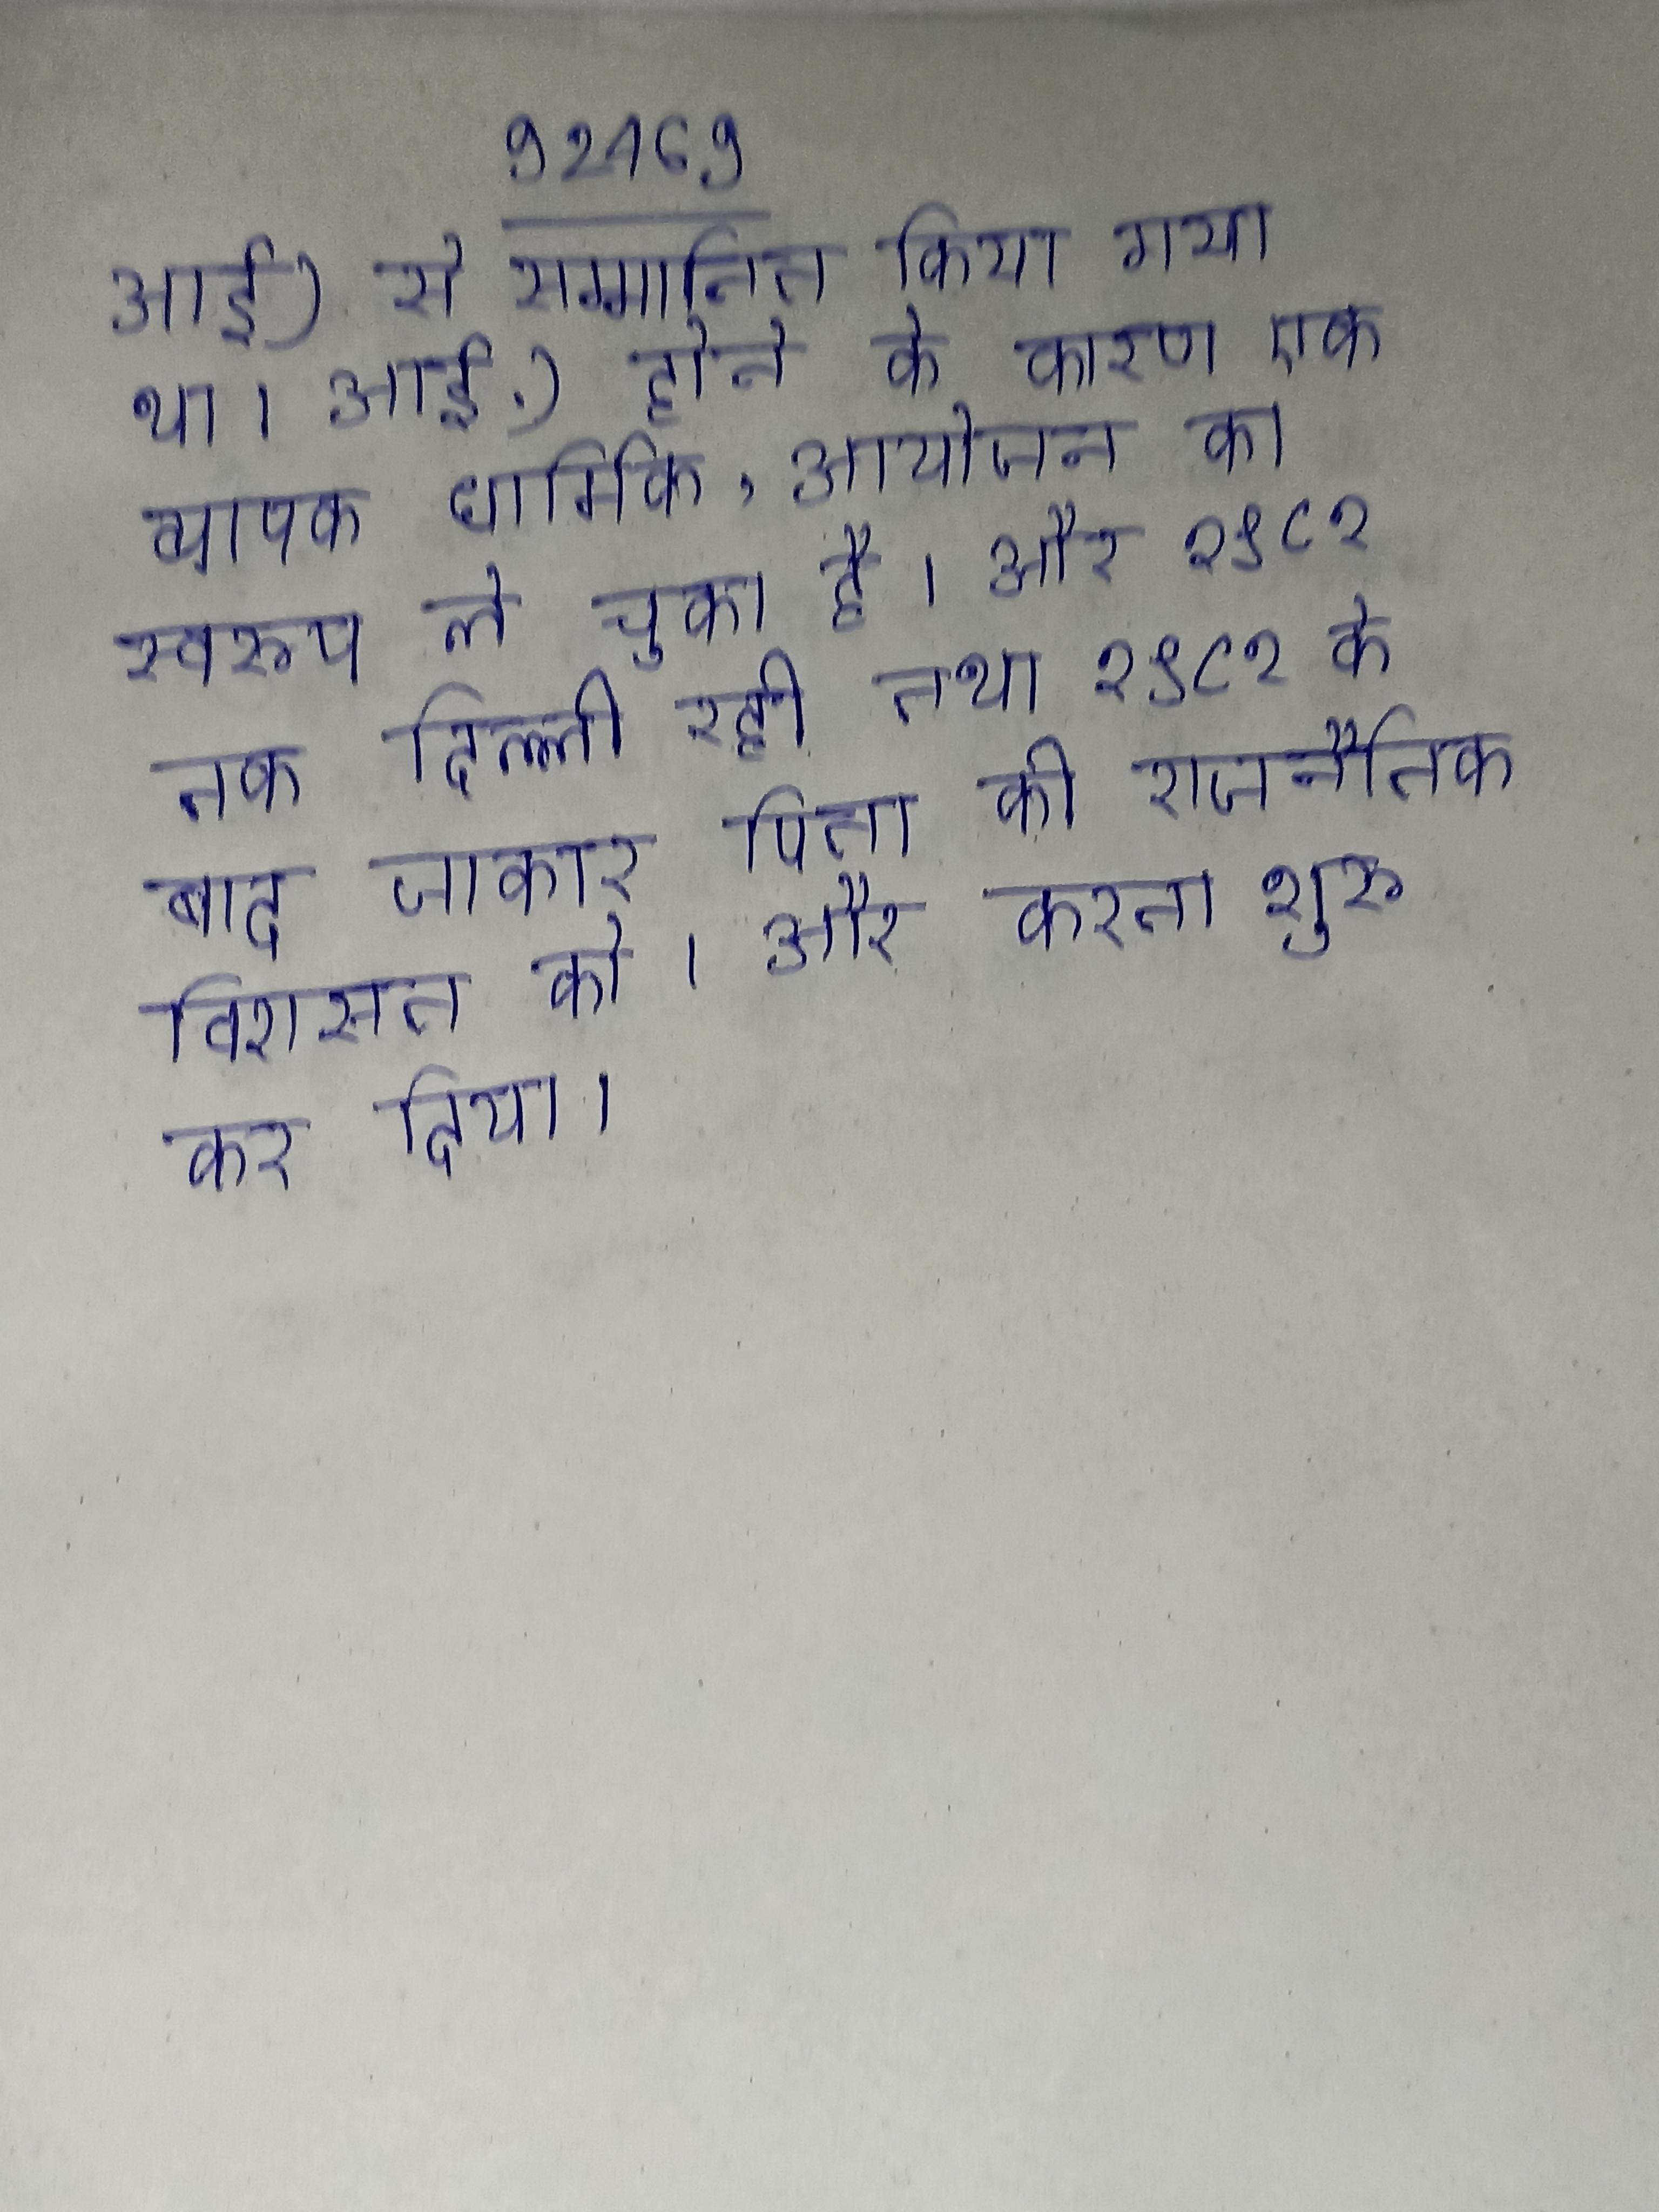
आई) से सम्मानित किया गया था । आई.) होने के कारण एक व्यापक धार्मिक, आयोजन का स्वरूप ले चुका है । और १९८१ तक दिल्ली रही तथा १९८१ के बाद जाकार पिता की राजनैतिक विरासत को । और करना शुरू कर दिया ।